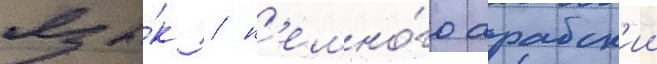
язы́к / н'емно́го арабск'ии